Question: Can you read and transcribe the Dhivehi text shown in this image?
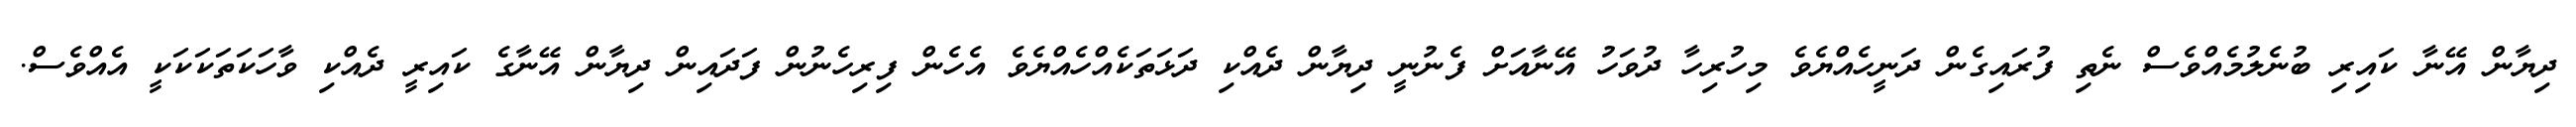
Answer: ދިޔާން އޭނާ ކައިރި ބުނެލުމެއްވެސް ނެތި ފުރައިގެން ދަނީހެއްޔެވެ މިހުރިހާ ދުވަހު އޭނާއަށް ފެނުނީ ދިޔާން ދެއްކި ދަޅަތަކެއްހެއްޔެވެ އެހެން ފިރިހެނުން ފަދައިން ދިޔާން އޭނާގެ ކައިރީ ދެއްކި ވާހަކަތަކަކަކީ އެއްވެސް.